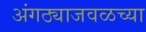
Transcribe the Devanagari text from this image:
अंगठ्याजवळच्या